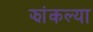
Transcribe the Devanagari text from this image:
झांकल्या